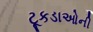
ટૂકડાઓની